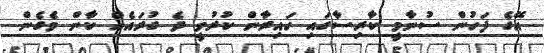
އޭގެ ފަހުން ސުނާމީ ކާރިސާގައި ހައިރާން ކުރުވީ ދެ ގުރައެއް ކާން ވެގެން